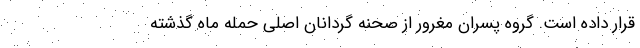
قرار داده است. گروه پسران مغرور از صحنه گردانان اصلی حمله ماه گذشته